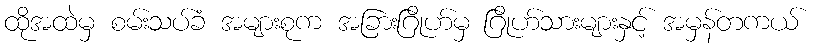
ထိုအထဲမှ စမ်းသပ်ခံ အများစုက အခြားဂြိုဟ်မှ ဂြိုဟ်သားများနှင့် အမှန်တကယ်